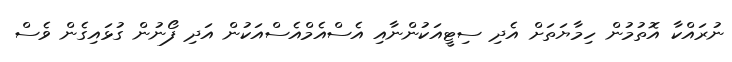
ނުރައްކާ އޮތުމުން ހިމާޔަތަށް އެދި ސިޓީއަކުންނާއި އެސްއެމްއެސްއަކުން އަދި ފޯނުން ގުޅައިގެން ވެސް